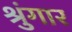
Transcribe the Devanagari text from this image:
श्रुंगार